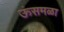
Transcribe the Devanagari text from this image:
ऊंसमळा